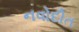
નવોદીત